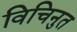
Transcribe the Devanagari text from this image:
विचिनुत